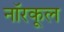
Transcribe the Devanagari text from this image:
नॉरकूल